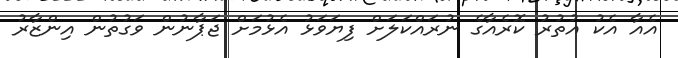
އެއާ އެކު އުތުރު ކޮރެއާގެ ނުރައްކަލަށް ފިޔަވަޅު އެޅުމަށް ޖަޕާނުން ވަގުތުން އިންޒާރު